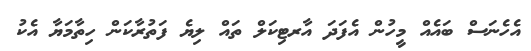
އެހެނަސް ބައެއް މީހުން އެފަދަ އާރޓިކަލް ތައް ލިޔެ ފަތުރާކަން ހިތާމަޔާ އެކު